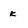
Character: k